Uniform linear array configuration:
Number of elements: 4
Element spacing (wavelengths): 1
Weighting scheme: cosine
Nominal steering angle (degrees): -45
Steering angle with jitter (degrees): -45.406
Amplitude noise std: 0.05
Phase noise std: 0.05

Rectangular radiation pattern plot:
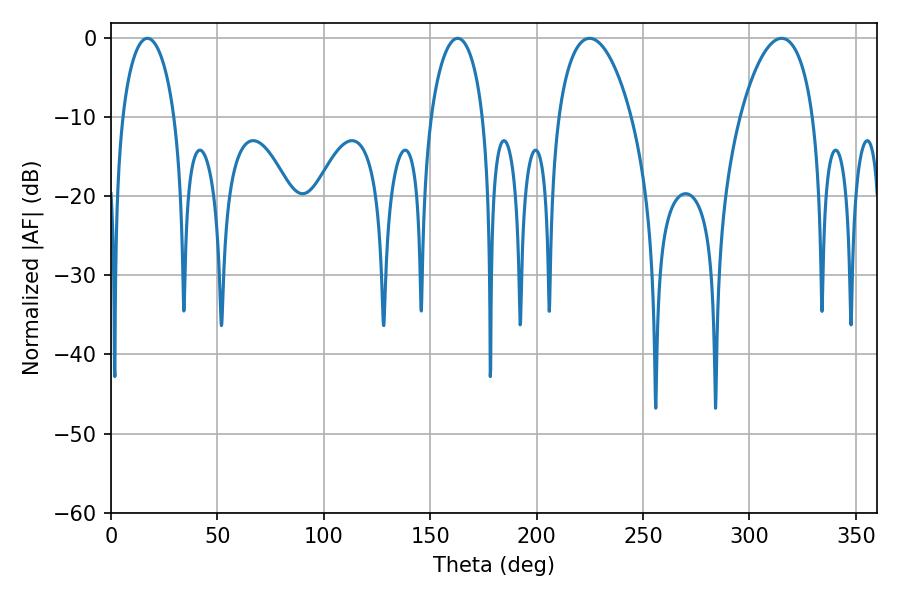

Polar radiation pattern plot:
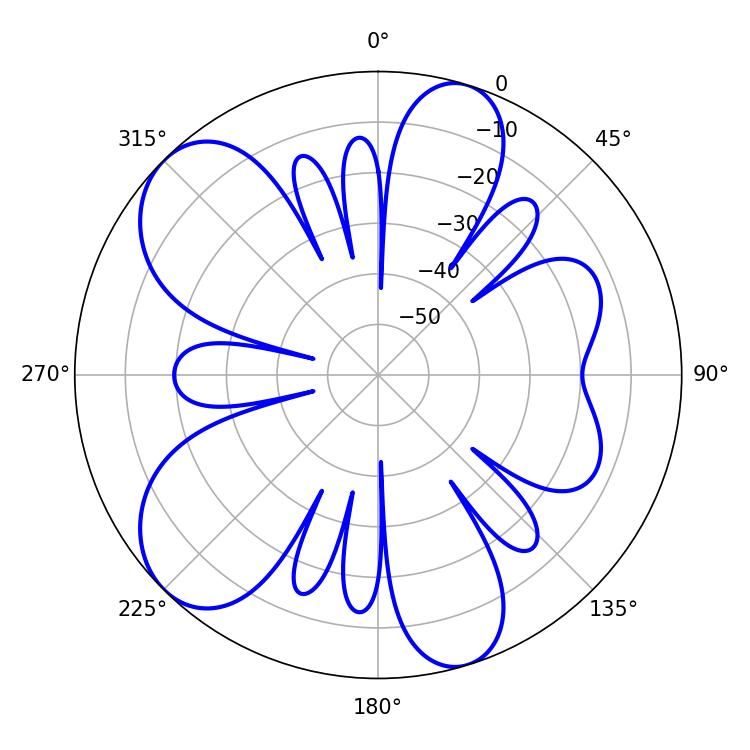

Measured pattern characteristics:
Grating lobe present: TRUE
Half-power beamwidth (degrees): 14.04
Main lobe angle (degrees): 17.1